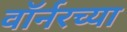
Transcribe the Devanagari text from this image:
वॉर्नरच्या